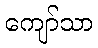
ကျော်သာ